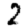
Digit: 2